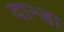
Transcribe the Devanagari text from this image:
दान्डा